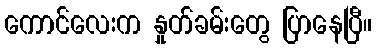
ကောင်လေးက နှုတ်ခမ်းတွေ ပြာနေပြီ။